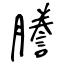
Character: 謄